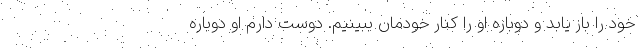
خود را باز یابد و دوباره او را کنار خودمان ببینیم. دوست دارم او دوباره